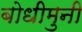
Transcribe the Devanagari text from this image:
बोधीमुनी